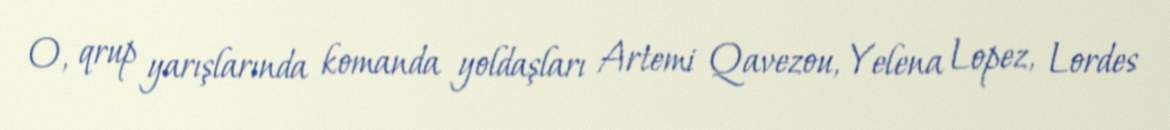
O, qrup yarışlarında komanda yoldaşları Artemi Qavezou, Yelena Lopez, Lordes